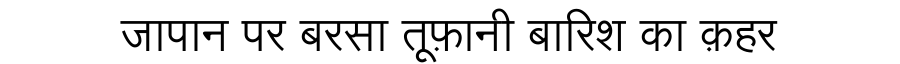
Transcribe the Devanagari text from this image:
जापान पर बरसा तूफ़ानी बारिश का क़हर